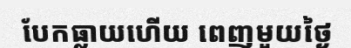
បែកធ្លាយហើយ ពេញមួយថ្ងៃ